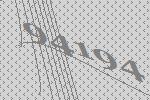
94194